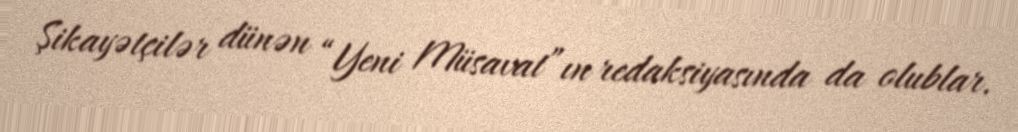
Şikayətçilər dünən “Yeni Müsavat”ın redaksiyasında da olublar.